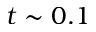
t \sim 0 . 1